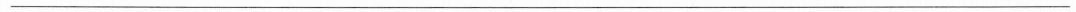
___